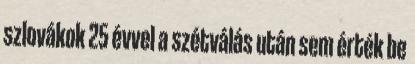
szlovákok 25 évvel a szétválás után sem érték be